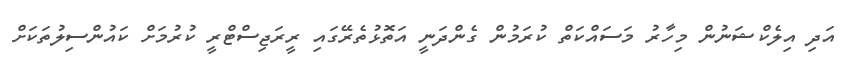
އަދި އިލެކްޝަނުން މިހާރު މަސައްކަތް ކުރަމުން ގެންދަނީ އަތޮޅުތެރޭގައި ރީރަޖިސްޓްރީ ކުރުމަށް ކައުންސިލުތަކަށް